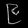
Digit: ၉